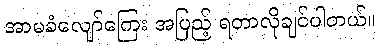
အာမခံလျော်ကြေး အပြည့် ရတာလိုချင်ပါတယ်။